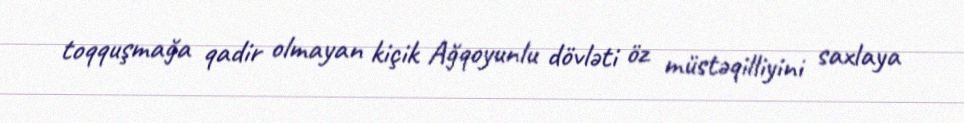
toqquşmağa qadir olmayan kiçik Ağqoyunlu dövləti öz müstəqilliyini saxlaya